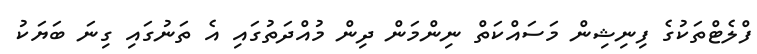
ފްލެޓްތަކުގެ ފިނިޝިން މަސައްކަތް ނިންމަން ދިން މުއްދަތުގައި އެ ތަނުގައި ގިނަ ބަޔަކު